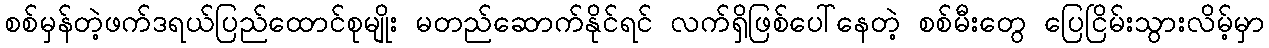
စစ်မှန်တဲ့ဖက်ဒရယ်ပြည်ထောင်စုမျိုး မတည်ဆောက်နိုင်ရင် လက်ရှိဖြစ်ပေါ်နေတဲ့ စစ်မီးတွေ ပြေငြိမ်းသွားလိမ့်မှာ